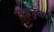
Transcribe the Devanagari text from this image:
संज्ञेनुसार